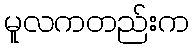
မူလကတည်းက